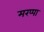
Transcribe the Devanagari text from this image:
मरप्पा